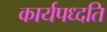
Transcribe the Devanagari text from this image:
कार्यपध्दति